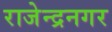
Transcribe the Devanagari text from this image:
राजेन्द्रनगर